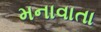
મનાવાતા